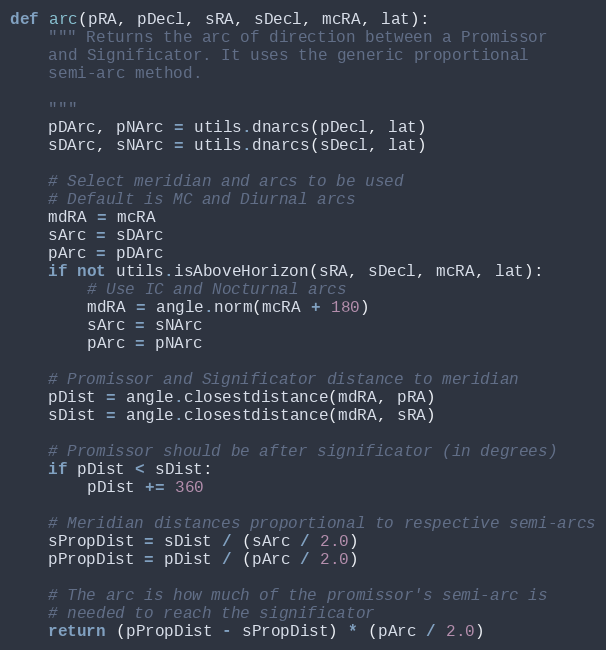
Language: Python
def arc(pRA, pDecl, sRA, sDecl, mcRA, lat):
    """ Returns the arc of direction between a Promissor
    and Significator. It uses the generic proportional
    semi-arc method.

    """
    pDArc, pNArc = utils.dnarcs(pDecl, lat)
    sDArc, sNArc = utils.dnarcs(sDecl, lat)

    # Select meridian and arcs to be used
    # Default is MC and Diurnal arcs
    mdRA = mcRA
    sArc = sDArc
    pArc = pDArc
    if not utils.isAboveHorizon(sRA, sDecl, mcRA, lat):
        # Use IC and Nocturnal arcs
        mdRA = angle.norm(mcRA + 180)
        sArc = sNArc
        pArc = pNArc

    # Promissor and Significator distance to meridian
    pDist = angle.closestdistance(mdRA, pRA)
    sDist = angle.closestdistance(mdRA, sRA)

    # Promissor should be after significator (in degrees)
    if pDist < sDist:
        pDist += 360

    # Meridian distances proportional to respective semi-arcs
    sPropDist = sDist / (sArc / 2.0)
    pPropDist = pDist / (pArc / 2.0)

    # The arc is how much of the promissor's semi-arc is
    # needed to reach the significator
    return (pPropDist - sPropDist) * (pArc / 2.0)